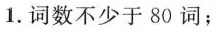
1.词数不少于80词；